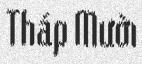
Tháp Mười